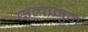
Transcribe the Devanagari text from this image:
सलामुन